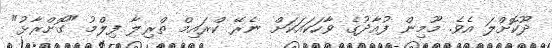
ދޫކޮށްލަ އެވެ. މޫމިން ފުއާދުގެ ވާހަކައަކަށް ނެރޭ ކްރައިމް ތްރިލާ ފިލްމު "ގޮށްރާޅު"